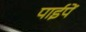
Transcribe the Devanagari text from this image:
पाईपें